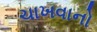
ચાખવાનો